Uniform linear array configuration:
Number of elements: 12
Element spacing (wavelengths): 0.75
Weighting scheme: exponential
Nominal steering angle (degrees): -15
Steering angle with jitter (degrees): -14.608
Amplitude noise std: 0.05
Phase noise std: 0.05

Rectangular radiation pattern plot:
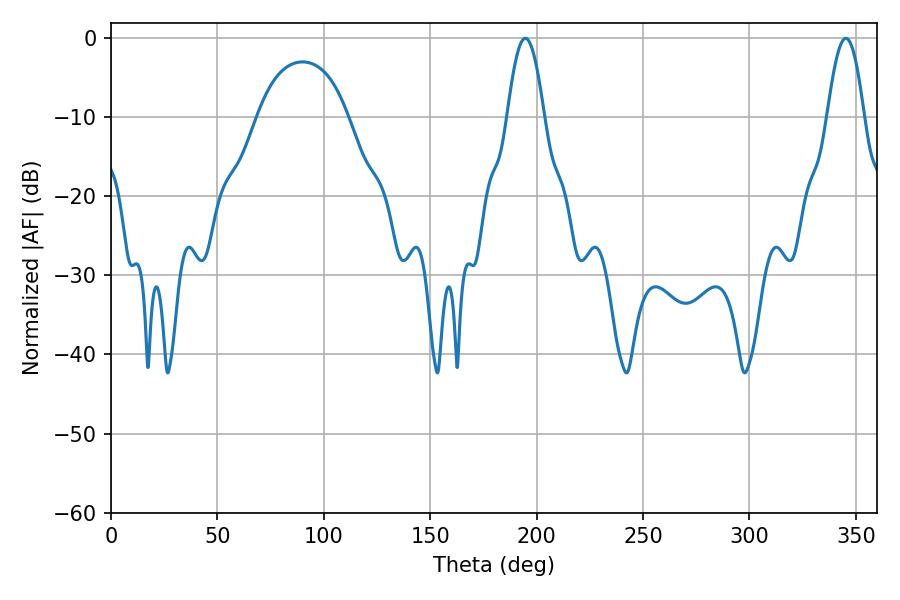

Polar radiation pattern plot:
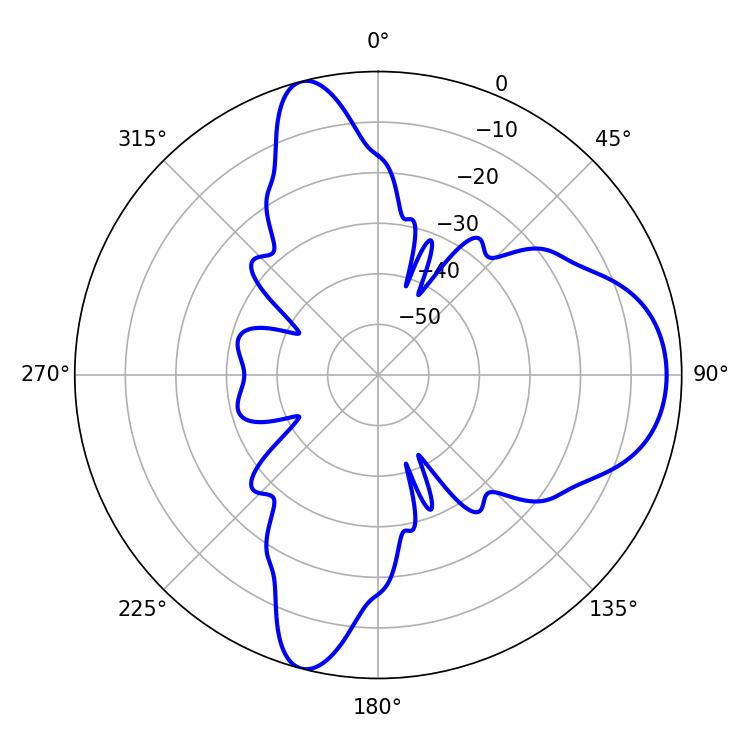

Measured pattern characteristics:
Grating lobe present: TRUE
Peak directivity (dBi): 10.509
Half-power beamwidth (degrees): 9.36
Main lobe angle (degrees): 194.76